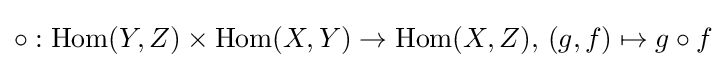
\circ :\operatorname {Hom} (Y,Z)\times \operatorname {Hom} (X,Y)\to \operatorname {Hom} (X,Z),\,(g,f)\mapsto g\circ f